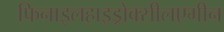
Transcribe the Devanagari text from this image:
फिनाइलहाइड्रोक्सीलएमीन